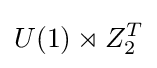
U(1)\rtimes Z_{2}^{T}